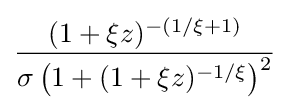
{\frac {(1+\xi z)^{-(1/\xi +1)}}{\sigma \left(1+(1+\xi z)^{-1/\xi }\right)^{2}}}